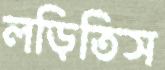
লড়িতিস